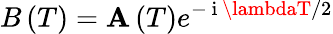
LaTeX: B\left(T\right)=\mathbf{A}\left(T\right)e^{-\mathrm{{~i~}}\lambdaT/2}